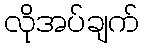
လိုအပ်ချက်